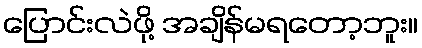
ပြောင်းလဲဖို့ အချိန်မရတော့ဘူး။